Civil Veterinary Dept. Bombay admin report 1923-31 - 1923-1931
Year: 1923
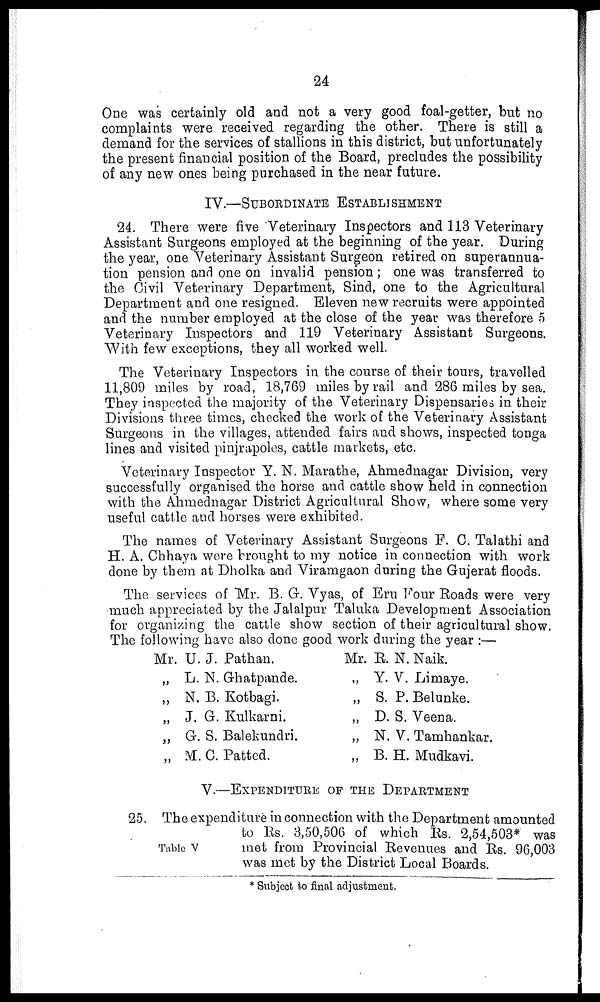
24
One was certainly old and not a very good foal-getter, but no
complaints were received regarding the other. There is still a
demand for the services of stallions in this district, but unfortunately
the present financial position of the Board, precludes the possibility
of any new ones being purchased in the near future.
IV.—SUBORDINATE ESTABLISHMENT
24. There were five Veterinary Inspectors and 113 Veterinary
Assistant Surgeons employed at the beginning of the year. During
the year, one Veterinary Assistant Surgeon retired on superannua-
tion pension and one on invalid pension; one was transferred to
the Civil Veterinary Department, Sind, one to the Agricultural
Department and one resigned. Eleven new recruits were appointed
and the number employed at the close of the year was therefore 5
Veterinary Inspectors and 119 Veterinary Assistant Surgeons.
With few exceptions, they all worked well.
The Veterinary Inspectors in the course of their tours, travelled
11,809 miles by road, 18,769 miles by rail and 286 miles by sea.
They inspected the majority of the Veterinary Dispensaries in their
Divisions three times, checked the work of the Veterinary Assistant
Surgeons in the villages, attended fairs and shows, inspected tonga
lines and visited pinjrapoles, cattle markets, etc.
Veterinary Inspector Y. N. Marathe, Ahmednagar Division, very
successfully organised the horse and cattle show held in connection
with the Ahmednagar District Agricultural Show, where some very
useful cattle and horses were exhibited.
The names of Veterinary Assistant Surgeons F. C. Talathi and
H. A. Chhaya were brought to my notice in connection with work
done by them at Dholka and Viramgaon during the Gujerat floods.
The services of Mr. B. G. Vyas, of Eru Four Roads were very
much appreciated by the Jalalpur Taluka Development Association
for organizing the cattle show section of their agricultural show.
The following have also done good work during the year :—
Mr. U. J. Pathan.
„ L. N. Ghatpande.
„ N. B. Kotbagi.
„ J. G. Kulkarni.
„ G. S. Balekundri.
„ M. C. Patted.
Mr. E. N. Naik.
„ Y. V. Limaye.
„ S. P. Belunke.
„ D. S. Veena.
„ N. V. Tamhankar.
„ B. H. Mudkavi.
V.—EXPENDITURE OF THE DEPARTMENT
Table V
25. The expenditure in connection with the Department amounted
to Rs. 3,50,506 of which Rs. 2,54,503* was
met from Provincial Revenues and Rs. 96,003
was met by the District Local Boards.
* Subject to final adjustment.